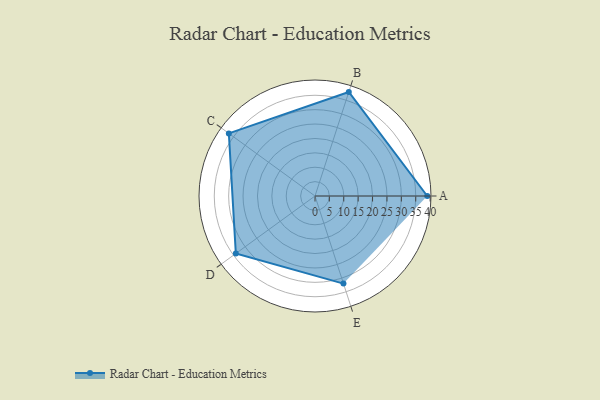
{"axis": {"x": "Skill", "y": "Score"}, "legend": ["Profile"], "data": [{"x": "A", "y": 39.0, "type": "Profile"}, {"x": "B", "y": 38.0, "type": "Profile"}, {"x": "C", "y": 37.0, "type": "Profile"}, {"x": "D", "y": 34.0, "type": "Profile"}, {"x": "E", "y": 32.0, "type": "Profile"}]}